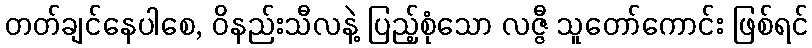
တတ်ချင်နေပါစေ, ဝိနည်းသီလနဲ့ ပြည့်စုံသော လဇ္ဇီ သူတော်ကောင်း ဖြစ်ရင်